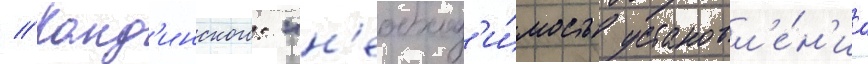
// Канд'инского: "н'еобход'и́мость установл'е́н'иа